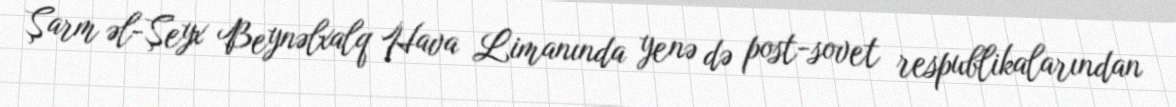
Şarm əl-Şeyx Beynəlxalq Hava Limanında yenə də post-sovet respublikalarından